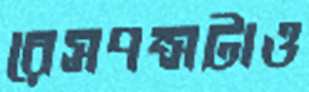
রেসপন্সটাও